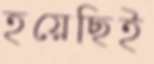
হয়েছিই